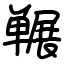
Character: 冁